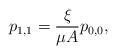
LaTeX: \begin{align*}p_{1,1} = \dfrac{\xi}{\mu A} p_{0,0}, \end{align*}